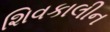
શિવકાલીન